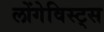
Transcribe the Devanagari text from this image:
लोंगेविस्ट्स